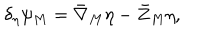
LaTeX: \delta _ { \eta } \psi _ { M } = { \bar { \nabla } } _ { M } \eta - { \bar { Z } } _ { M } \eta ,